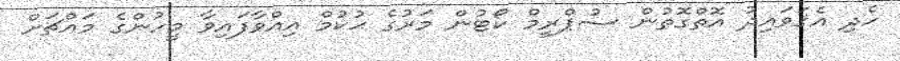
ހެދި އެޤަވައިދު އޮތްގޮތުން ސުޕްރީމް ކޯޓުން މަރުގެ ޙުކުމް އިއްވާފައިވާ މީހުންގެ މައްޗަށް